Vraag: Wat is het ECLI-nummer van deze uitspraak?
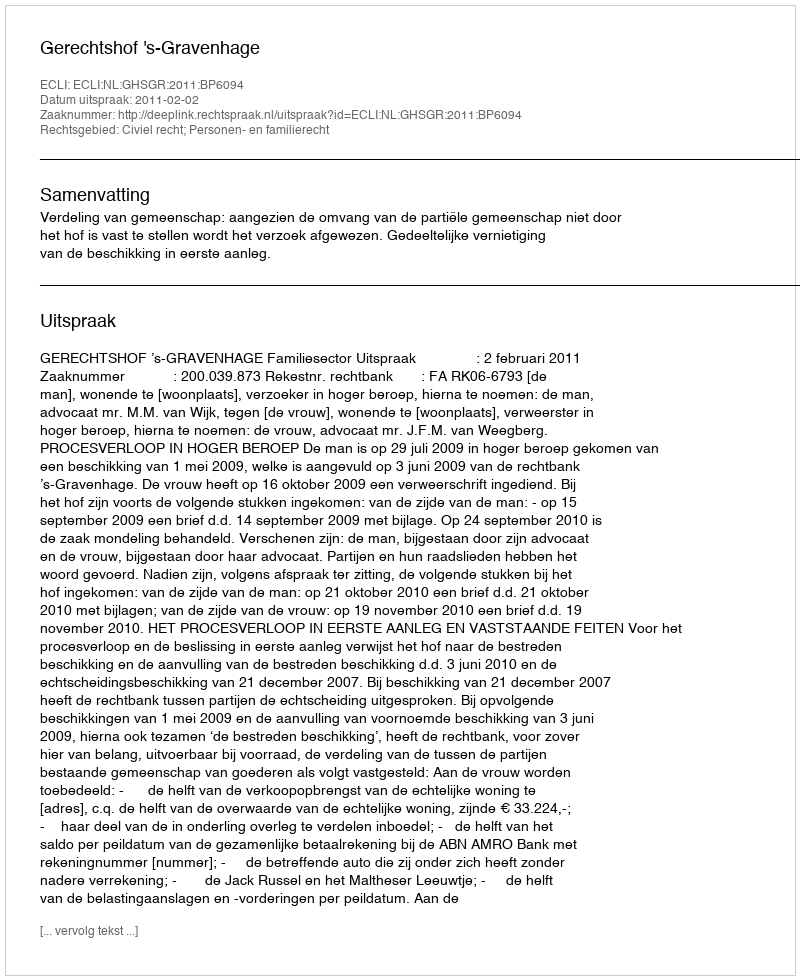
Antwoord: ECLI:NL:GHSGR:2011:BP6094